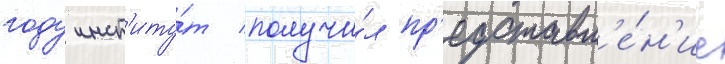
году инст'иту́т получи́л пр'едставл'е́н'ие